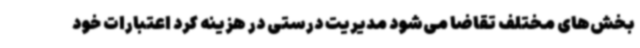
بخش‌های مختلف تقاضا می‌شود مدیریت درستی در هزینه کرد اعتبارات خود